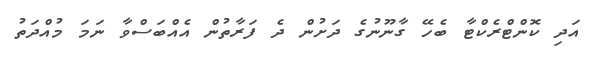
އަދި ކޮންޓްރެކްޓާ ބެހޭ ގާނޫނުގެ ދަށުން ދެ ފަރާތުން އެއްބަސްވާ ނަމަ މުއްދަތު